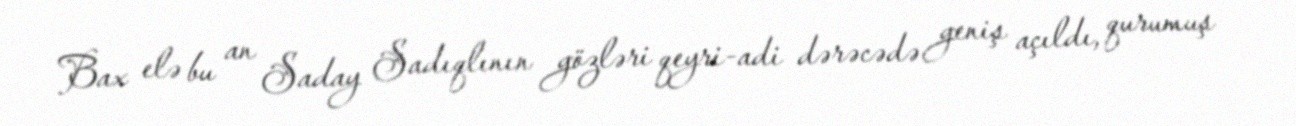
Bax elə bu an Saday Sadıqlının gözləri qeyri-adi dərəcədə geniş açıldı, qurumuş